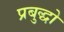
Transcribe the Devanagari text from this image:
प्रबुद्धो